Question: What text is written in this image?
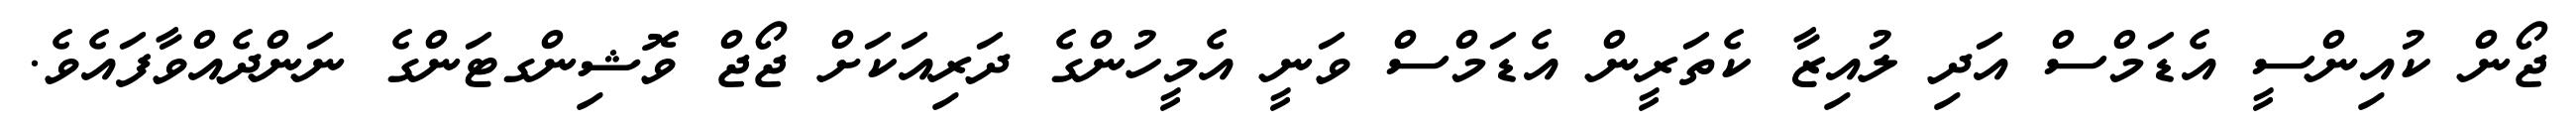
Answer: ޖޯން ކުއިންސީ އެޑަމްސް އަދި ލުއިޒާ ކެތަރީން އެޑަމްސް ވަނީ އެމީހުންގެ ދަރިއަކަށް ޖޯޖް ވޮޝިންގޓަންގެ ނަންދެއްވާފައެވެ.